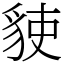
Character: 𧳅